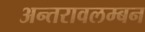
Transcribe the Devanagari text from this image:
अन्तरावलम्बन